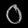
Digit: ၀